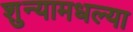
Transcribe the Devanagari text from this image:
शुन्यामधल्या